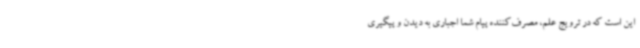
این است که در ترویج علم، مصرف‌کننده پیام شما اجباری به دیدن و پیگیری